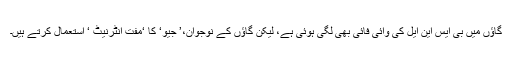
گاؤں میں بی ایس این ایل کی وائی فائی بھی لگی ہوئی ہے، لیکن گاؤں کے نوجوان،’ جیو‘ کا ‘مفت انٹرنیٹ ‘ استعمال کرتے ہیں۔